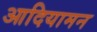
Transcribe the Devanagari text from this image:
आदियामन